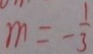
m = - \frac { 1 } { 3 }